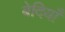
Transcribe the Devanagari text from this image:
बेदियाँ